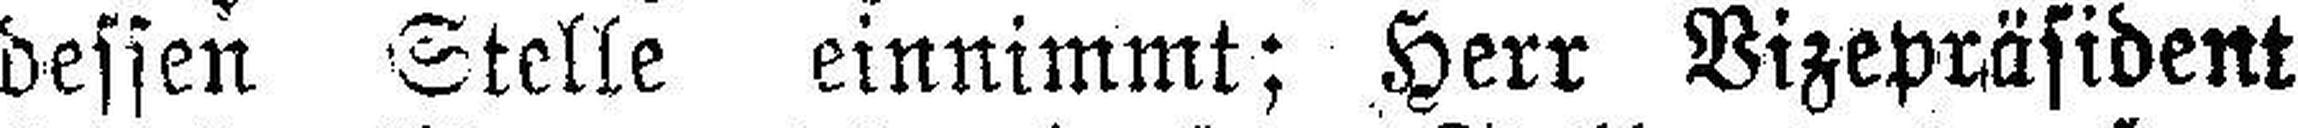
dessen Stelle einnimmt; Herr Vizepräsident